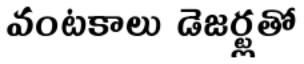
వంటకాలు డెజర్ట్లతో